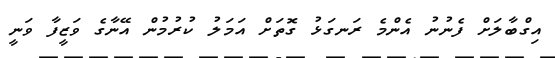
އިގްބާލަށް ފެނުނު އެންމެ ރަނގަޅު ގޮތަށް އަމަލު ކުރުމުން އޭނާގެ ވަޒީފާ ވަނީ